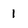
Character: 1